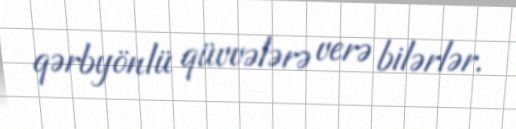
qərbyönlü qüvvələrə verə bilərlər.